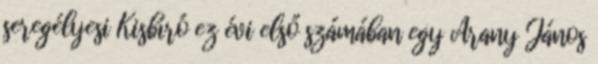
seregélyesi Kisbíró ez évi első számában egy Arany János